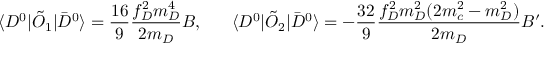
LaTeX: \langle D ^ { 0 } | \tilde { O } _ { 1 } | \bar { D } ^ { 0 } \rangle = \frac { 1 6 } { 9 } \frac { f _ { D } ^ { 2 } m _ { D } ^ { 4 } } { 2 m _ { D } } B , ~ ~ ~ ~ ~ \langle D ^ { 0 } | \tilde { O } _ { 2 } | \bar { D } ^ { 0 } \rangle = - \frac { 3 2 } { 9 } \frac { f _ { D } ^ { 2 } m _ { D } ^ { 2 } ( 2 m _ { c } ^ { 2 } - m _ { D } ^ { 2 } ) } { 2 m _ { D } } B ^ { \prime } .